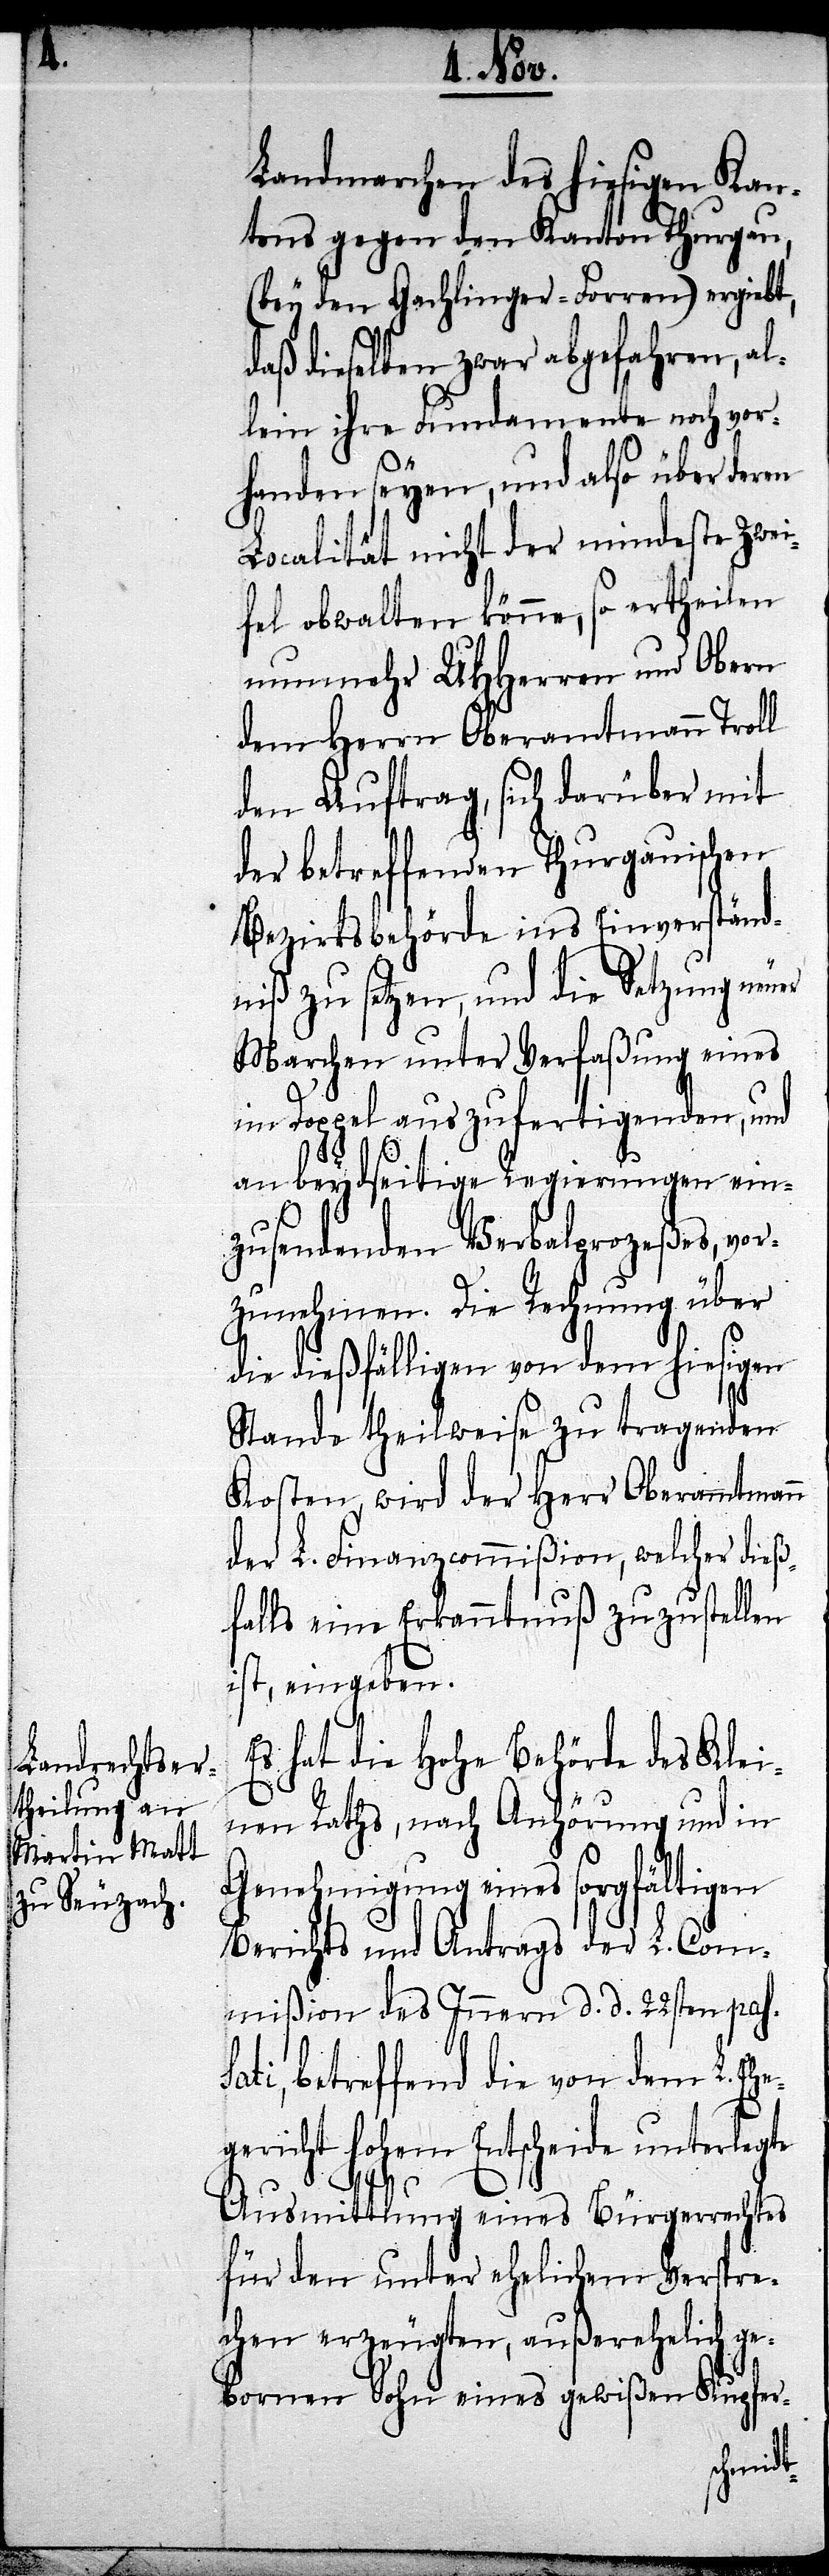
Landmarchen des hiesigen Kan¬
tons gegen den Kanton Thurgau,
(bey den Gachlinger-Forren) ergiebt,
daß dieselben zwar abgefahren, al¬
lein ihre Fundamente noch vor¬
er
handen seyen, und also über deren
Localität nicht der mindeste Zwei¬
fel obwalten könne, so ertheilen
nunmehr UHHerren und Obern
dem Herrn Oberamtmann Troll
den Auftrag, sich darüber mit
der betreffenden Thurgauischen
Bezirksbehörde ins Einverständ¬
niß zu setzen, und die Setzung neu¬
Marchen unter Verfaßung eines
im Doppel auszufertigenden, und
an beydseitige Regierungen ein¬
zusendenden Verbalprozeßes, vor¬
zunehmen. Die Rechnung über
die dießfälligen von dem hiesigen
Stande theilweise zu tragenden
Kosten, wird der Herr Oberamtmann
der L. Finanzcommißion, welcher dieß¬
falls eine Erkanntnuß zuzustellen
ist, eingeben.
Es hat die Hohe Behörde des Klei¬
nen Raths, nach Anhörung und in
Genehmigung eines sorgfältigen
Berichts und Antrags der L. Com¬
mißion des Innern d. d. 22sten pas¬
sati, betreffend die von dem L. Ehe¬
gericht Hohem Entscheide unterlegte
Ausmittlung eines Bürgerrechtes
für den unter ehelichem Verspre¬
chen erzeugten, außerehelich ge¬
bornen Sohn eines gewißen Kupfer-